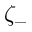
\zeta _ { - }